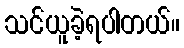
သင်ယူခဲ့ရပါတယ်။